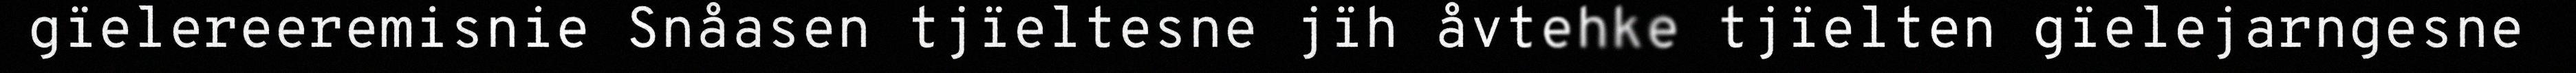
gïelereeremisnie Snåasen tjïeltesne jïh åvtehke tjïelten gïelejarngesne